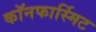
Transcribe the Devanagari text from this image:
कॉनफार्स्मिट